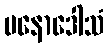
မနောဒေါသံ